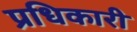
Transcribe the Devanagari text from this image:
प्रधिकारी